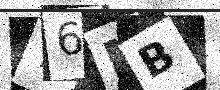
Text: Y6MB